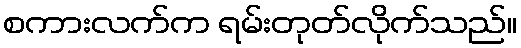
စကားလက်က ရမ်းတုတ်လိုက်သည်။